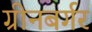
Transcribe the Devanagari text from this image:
ग्रीनबर्गर